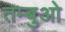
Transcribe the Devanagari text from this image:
तम्बुओ